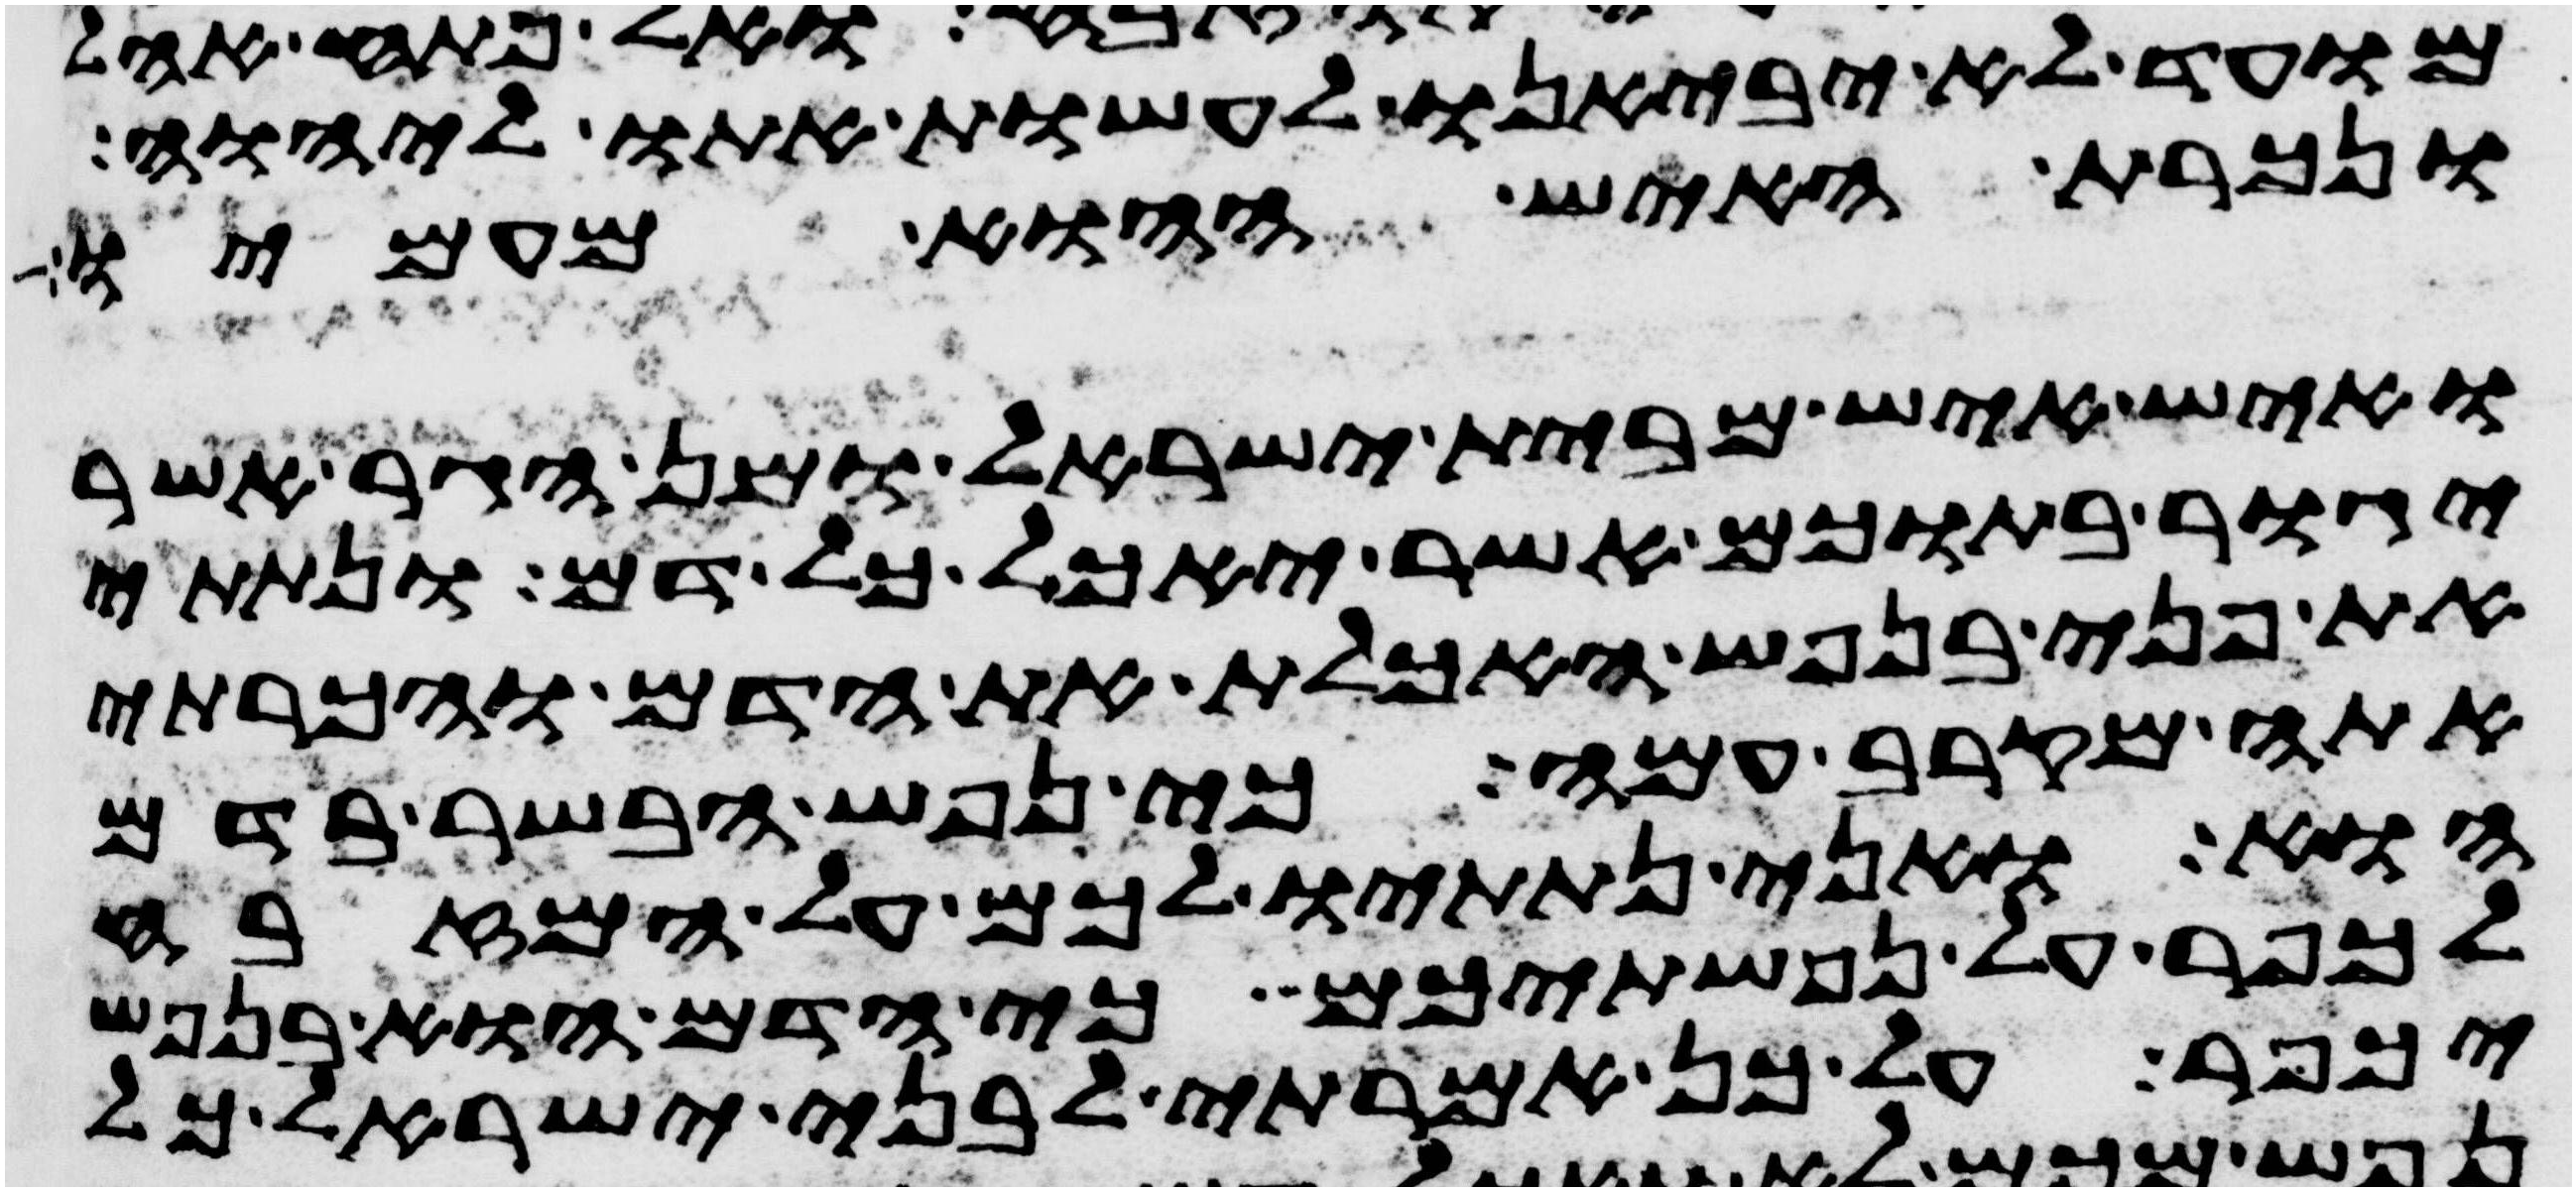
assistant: מועד לא יביאנו לעשות אתו ליהוה
ונכרת האיש ההוא מעמיו
ואיש איש מבית ישראל ומן הגר אשר
יגור בתוכם אשר יאכל כל דם ונתתי
את פני בנפש האכלת את הדם והכרתי
אתה מקרב עמה כי נפש הבשר בדם
הוא ואני נתתיו לכם על המזבח
לכפר על נפשתיכם כי הדם הוא בנפש
יכפר על כן אמרתי לבני ישראל כל